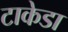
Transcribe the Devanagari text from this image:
टाकेडा